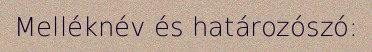
Melléknév és határozószó: